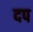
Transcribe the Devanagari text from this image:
दप